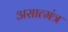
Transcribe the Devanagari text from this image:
असात्मंत्र